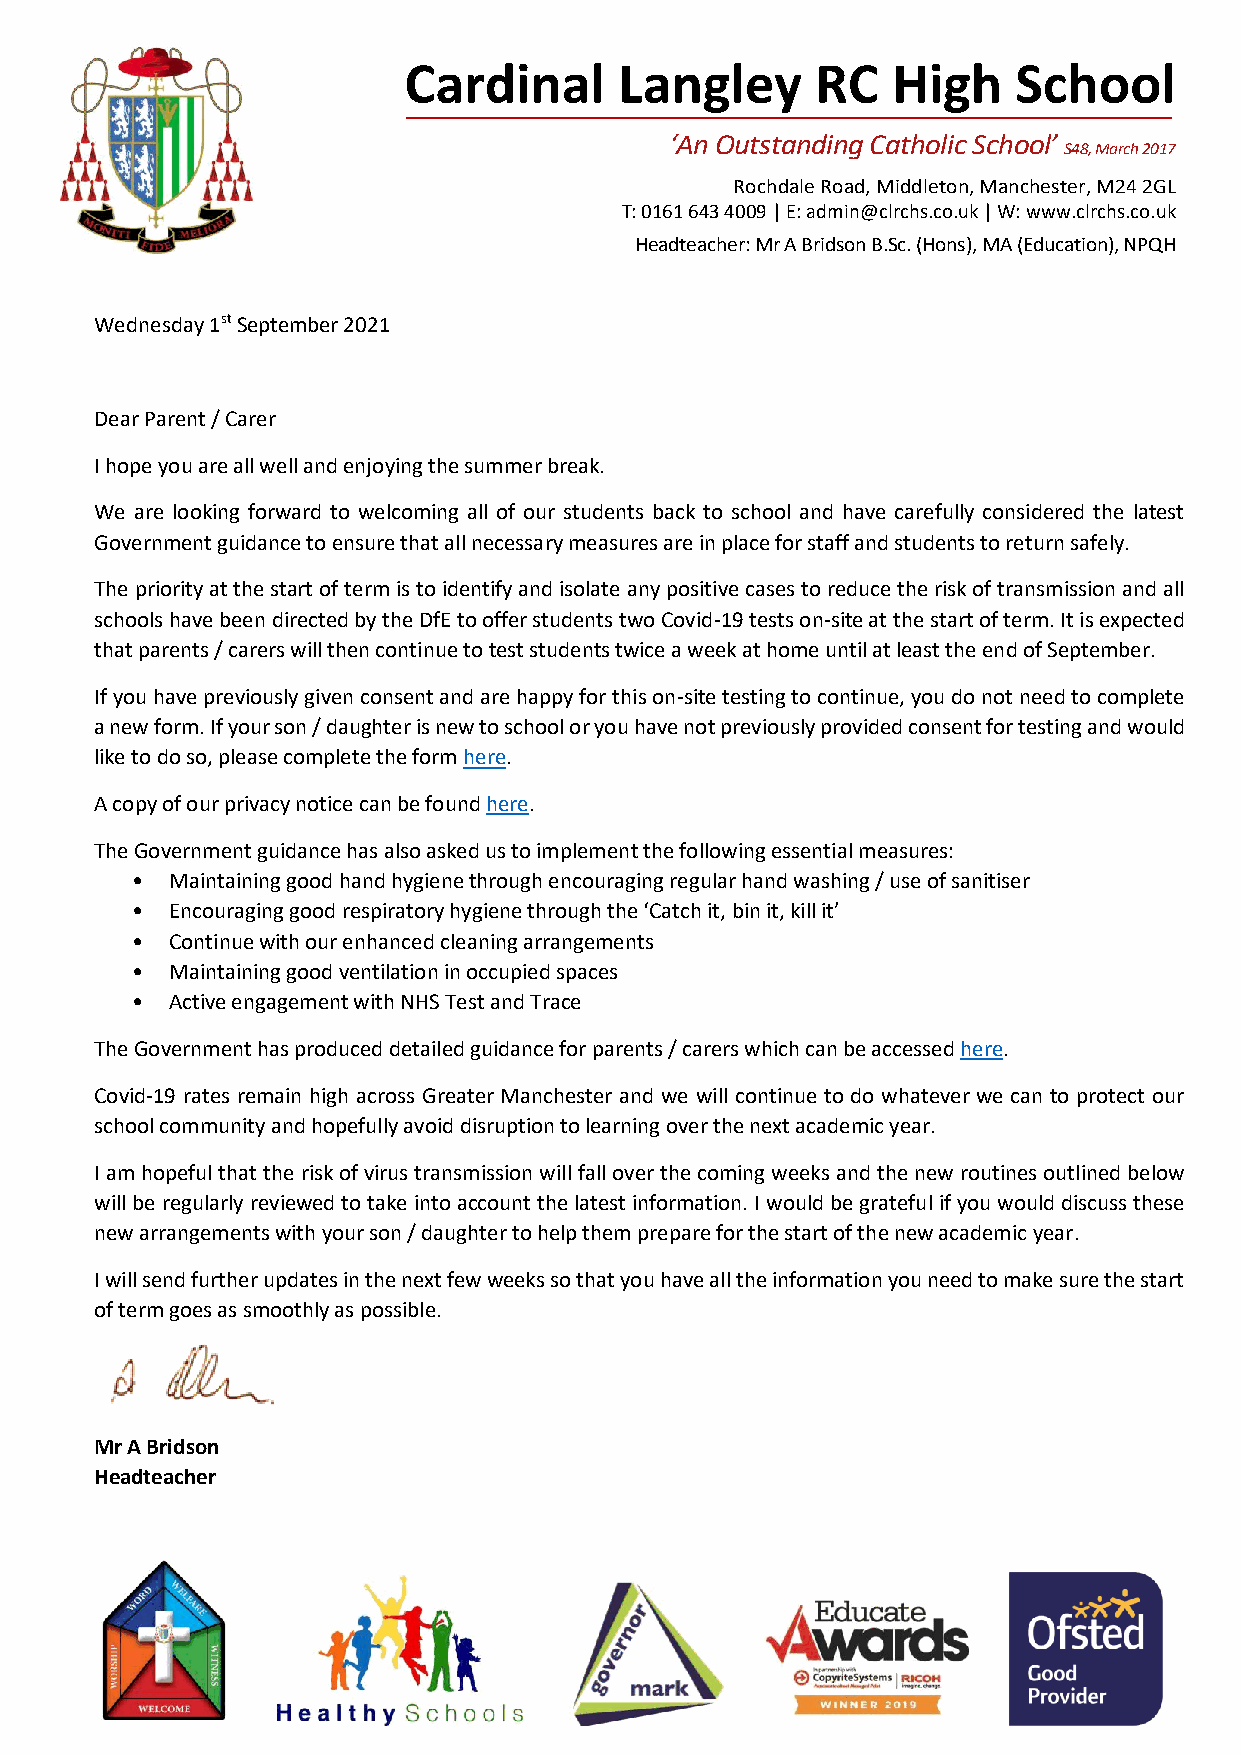
Cardinal      Langley      RC   High    School
 ‘An Outstanding Catholic School’
 S48, March 2017
 Rochdale Road, Middleton, Manchester, M24 2GL
 T: 0161 643 4009 | E: admin@clrchs.co.uk | W: www.clrchs.co.uk
 Headteacher: Mr A Bridson B.Sc. (Hons), MA (Education), NPQH
 Wednesday 1st September 2021
 Dear Parent / Carer
 I hope you are all well and enjoying the summer break.
 We are looking forward to welcoming all of our students back to school and have carefully considered the latest
 Government guidance to ensure that all necessary measures are in place for staff and students to return safely.
 The priority at the start of term is to identify and isolate any positive cases to reduce the risk of transmission and all
 schools have been directed by the DfE to offer students two Covid-19 tests on-site at the start of term. It is expected
 that parents / carers will then continue to test students twice a week at home until at least the end of September.
 If you have previously given consent and are happy for this on-site testing to continue, you do not need to complete
 a new form. If your son / daughter is new to school or you have not previously provided consent for testing and would
 like to do so, please complete the form here.
 A copy of our privacy notice can be found here.
 The Government guidance has also asked us to implement the following essential measures:
 • Maintaining good hand hygiene through encouraging regular hand washing / use of sanitiser
 • Encouraging good respiratory hygiene through the ‘Catch it, bin it, kill it’
 • Continue with our enhanced cleaning arrangements
 • Maintaining good ventilation in occupied spaces
 • Active engagement with NHS Test and Trace
 The Government has produced detailed guidance for parents / carers which can be accessed here.
 Covid-19 rates remain high across Greater Manchester and we will continue to do whatever we can to protect our
 school community and hopefully avoid disruption to learning over the next academic year.
 I am hopeful that the risk of virus transmission will fall over the coming weeks and the new routines outlined below
 will be regularly reviewed to take into account the latest information. I would be grateful if you would discuss these
 new arrangements with your son / daughter to help them prepare for the start of the new academic year.
 I will send further updates in the next few weeks so that you have all the information you need to make sure the start
 of term goes as smoothly as possible.
 Mr A Bridson
 Headteacher